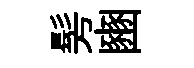
髣豳